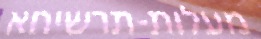
מעלות-תרשיחא